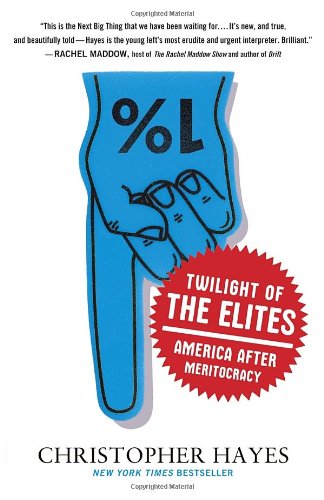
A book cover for Twilight of the Elites: America After Meritocracy; Christopher Hayes; Politics & Social Sciences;